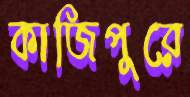
কাজিপুরে